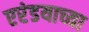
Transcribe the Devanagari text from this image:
एरंडयाच्या